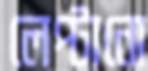
লেপ্টানো